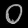
Digit: ၀